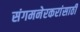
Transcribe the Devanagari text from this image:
संगमनेरकरांसाठी